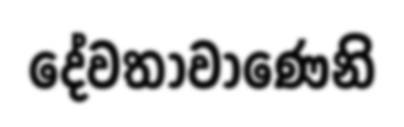
දේවතාවාණෙනි